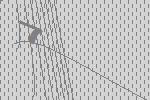
7